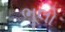
ભૂલો